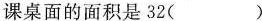
课桌面的面积是32()